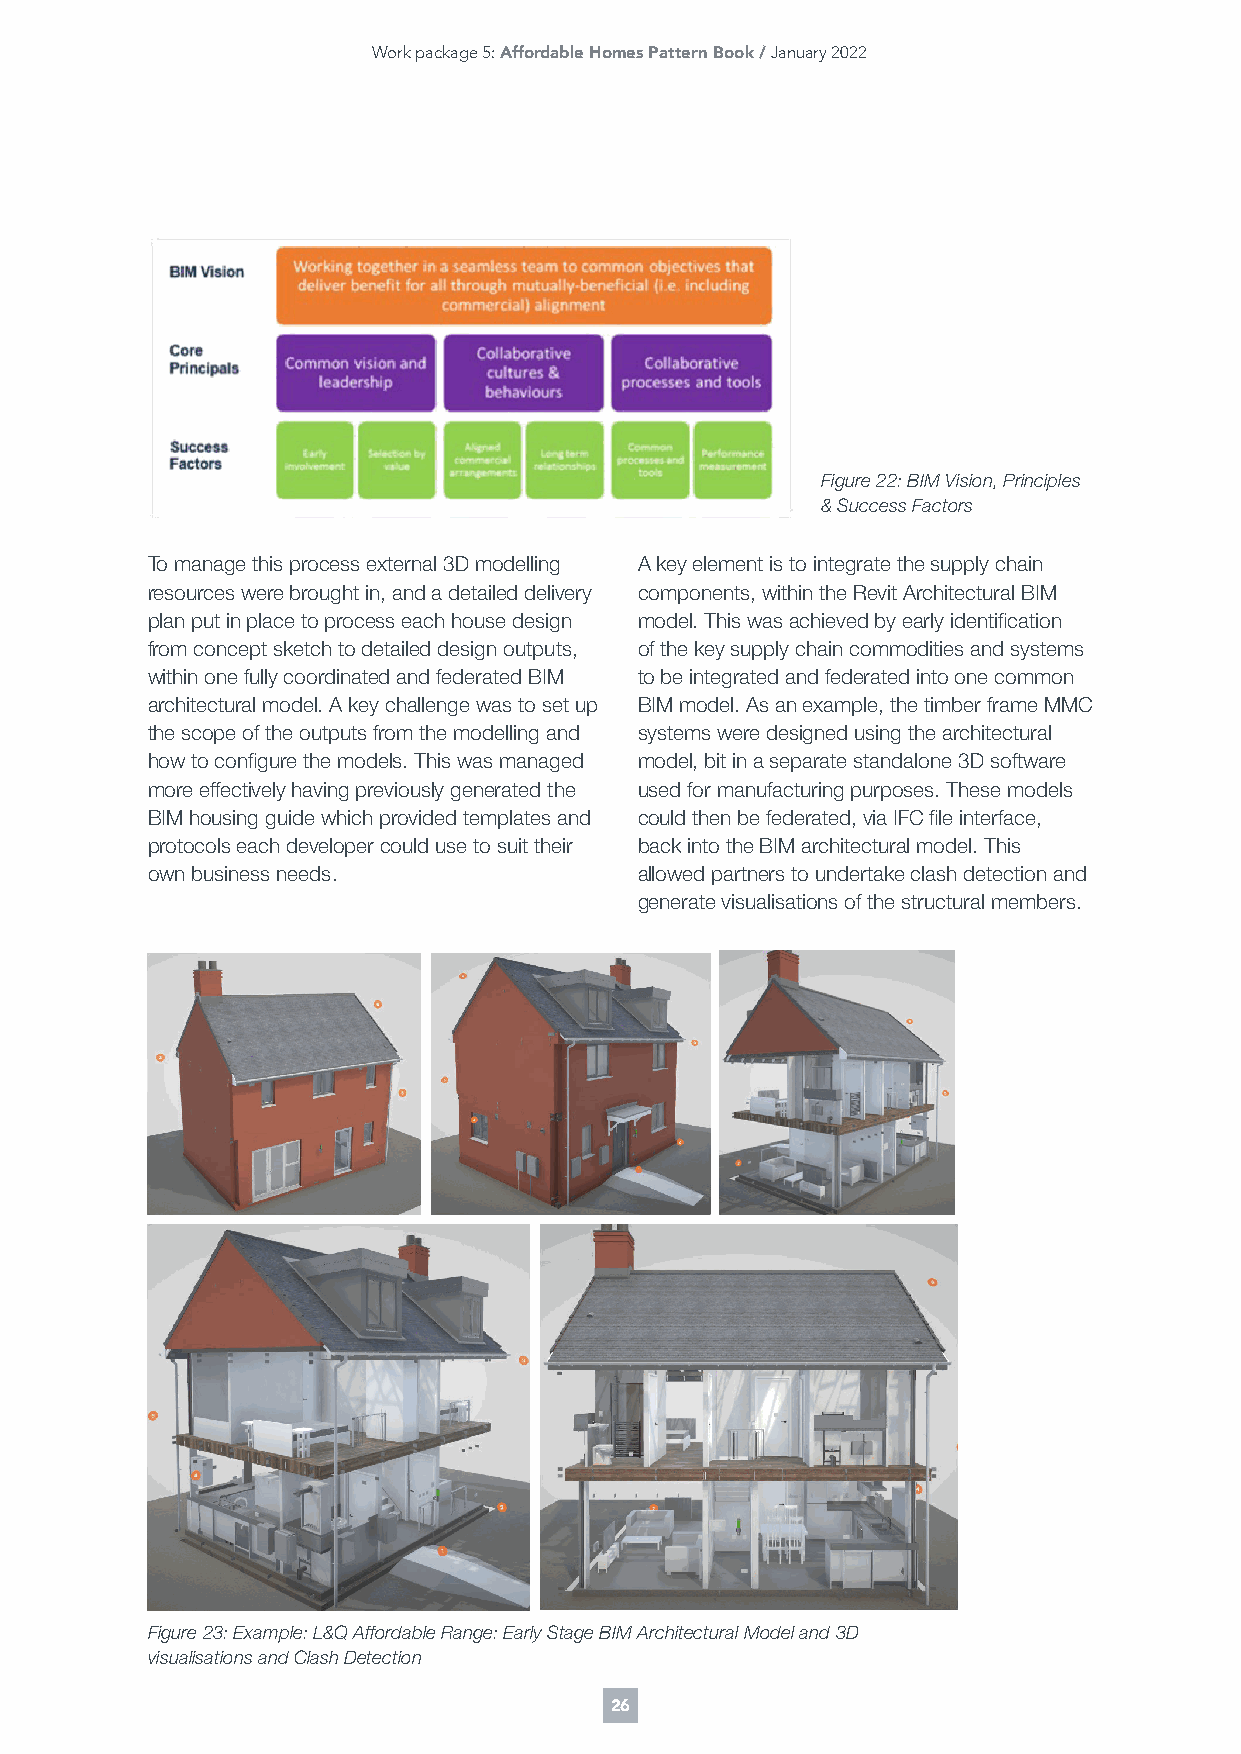
Work package 5: Affordable Homes Pattern Book / January 2022
 Figure 22: BIM Vision, Principles
 & Success Factors
 To manage this process external 3D modelling A key element is to integrate the supply chain
 resources were brought in, and a detailed delivery components, within the Revit Architectural BIM
 plan put in place to process each house design model. This was achieved by early identification
 from concept sketch to detailed design outputs, of the key supply chain commodities and systems
 within one fully coordinated and federated BIM to be integrated and federated into one common
 architectural model. A key challenge was to set up BIM model. As an example, the timber frame MMC
 the scope of the outputs from the modelling and systems were designed using the architectural
 how to configure the models. This was managed model, bit in a separate standalone 3D software
 more effectively having previously generated the used for manufacturing purposes. These models
 BIM housing guide which provided templates and could then be federated, via IFC file interface,
 protocols each developer could use to suit their back into the BIM architectural model. This
 own business needs.             allowed partners to undertake clash detection and
 generate visualisations of the structural members.
 Figure 23: Example: L&Q Affordable Range: Early Stage BIM Architectural Model and 3D
 visualisations and Clash Detection
 26